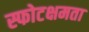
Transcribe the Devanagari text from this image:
स्फोटक्षमता